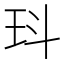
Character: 㺶